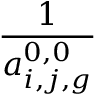
\frac { 1 } { a _ { i , j , g } ^ { 0 , 0 } }